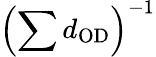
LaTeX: \left(\sum d_{\mathrm{OD}}\right)^{-1}